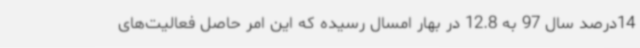
14درصد سال 97 به 12.8 در بهار امسال رسیده که این امر حاصل فعالیت‌های